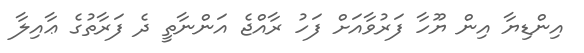
އިންޑިޔާ އިން ޔޫހާ ފަރުވާއަށް ފަހު ރާއްޖެ އަންނާތީ ދެ ފަރާތުގެ ޢާއިލާ